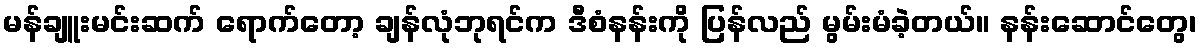
မန်ချူးမင်းဆက် ရောက်တော့ ချန်လုံဘုရင်က ဒီစံနန်းကို ပြန်လည် မွမ်းမံခဲ့တယ်။ နန်းဆောင်တွေ၊